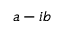
a - i b